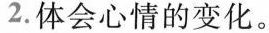
2.体会心情的变化。